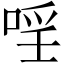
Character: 𱓈